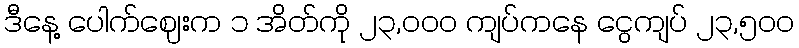
ဒီနေ့ ပေါက်ဈေးက ၁ အိတ်ကို ၂၃,၀၀၀ ကျပ်ကနေ ငွေကျပ် ၂၃,၅၀၀